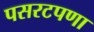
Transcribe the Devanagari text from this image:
पसरटपणा